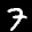
Label: 7